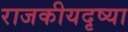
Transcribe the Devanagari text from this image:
राजकीयदृष्या